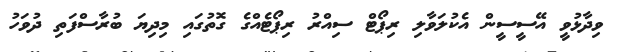
ވިދާޅުވީ އޭސީސީން އެކުލަވާލި ރިޕޯޓް ސިއްރު ރިޕޯޓެއްގެ ގޮތުގައި މިދިޔަ ބުރާސްފަތި ދުވަހު